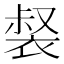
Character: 裻